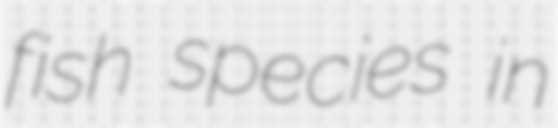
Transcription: fish species in